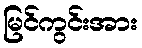
မြင်ကွင်းအား